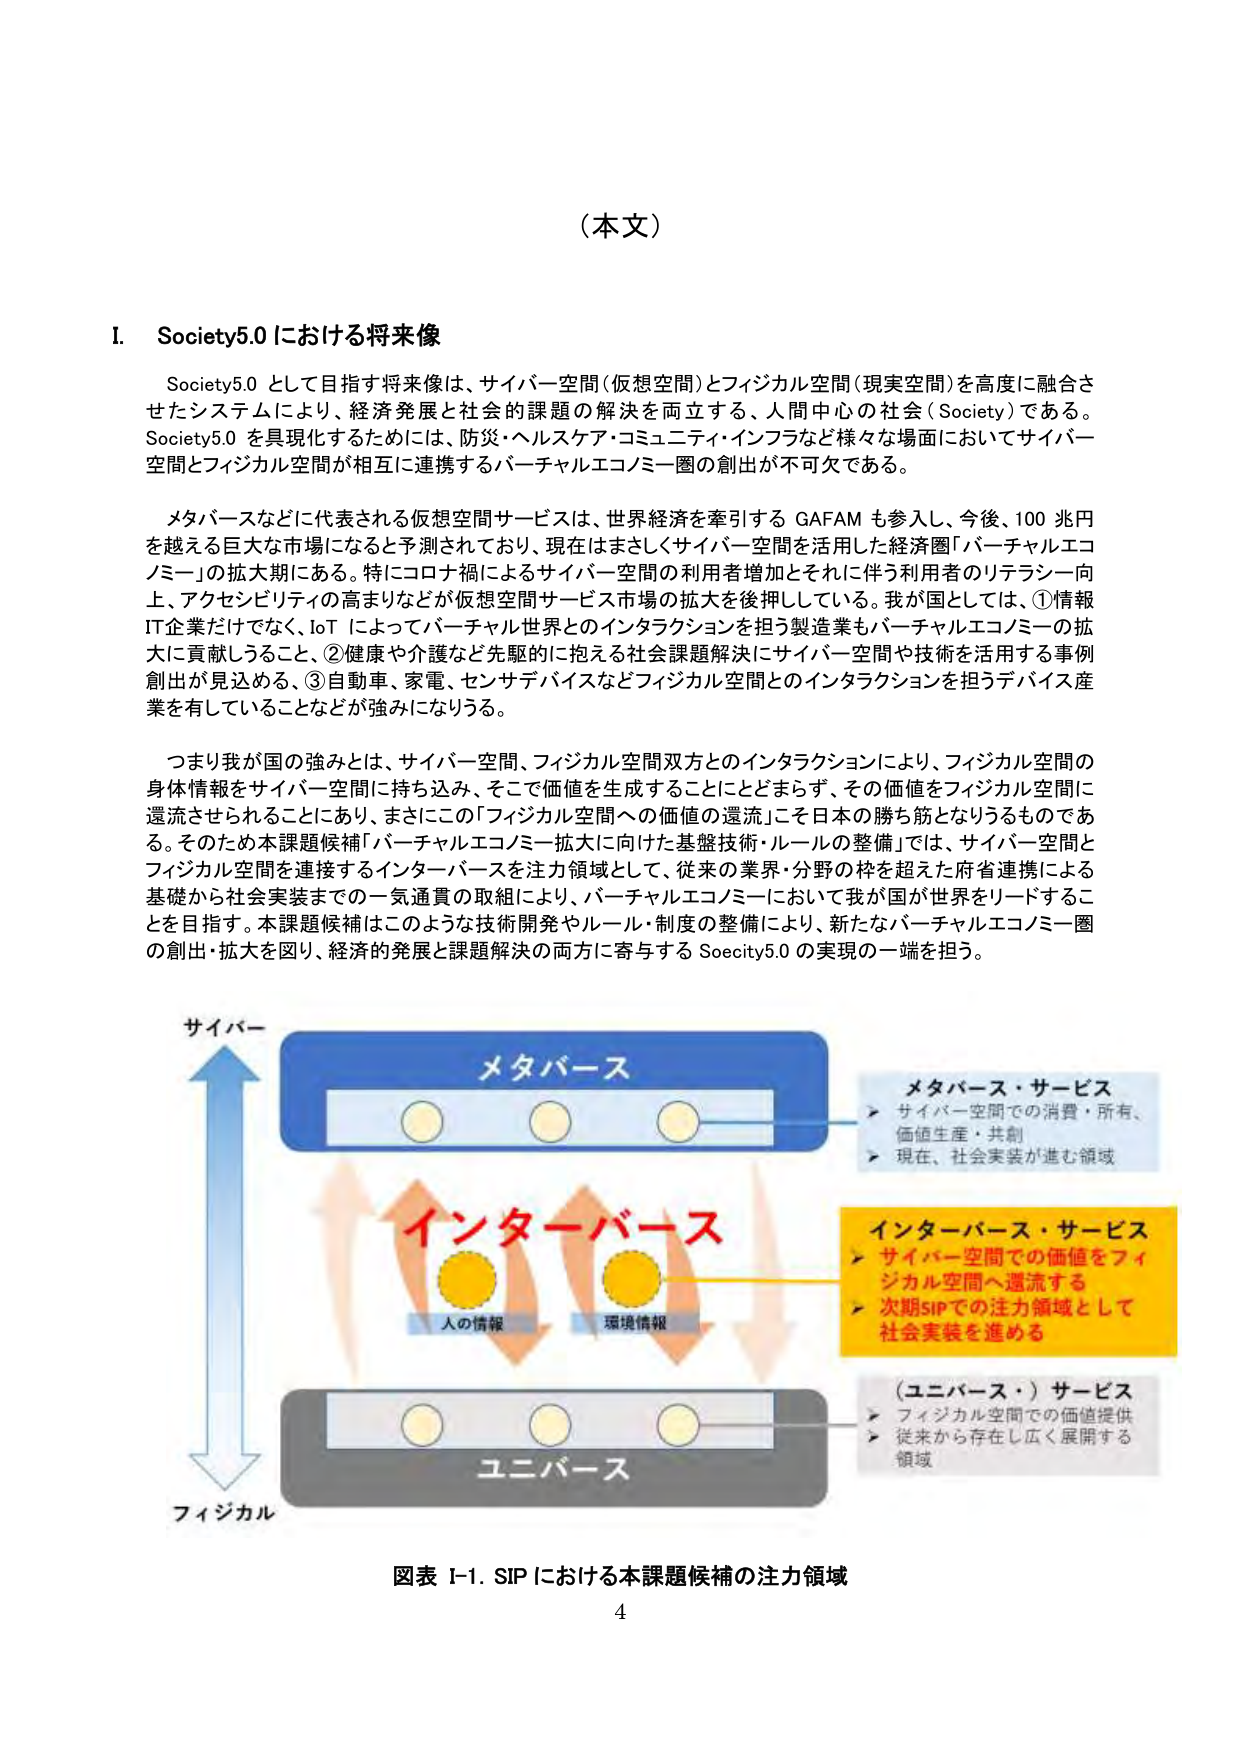
（本文）

I. Society5.0における将来像

Society5.0 として目指す将来像は、サイバー空間（仮想空間）とフィジカル空間（現実空間）を高度に融合させたシステムにより、経済発展と社会的課題の解決を両立する、人間中心の社会（Society）である。Society5.0 を具現化するためには、防災・ヘルスケア・コミュニティ・インフラなど様々な場面においてサイバー空間とフィジカル空間が相互に連携するバーチャルエコノミー圏の創出が不可欠である。

メタバースなどに代表される仮想空間サービスは、世界経済を牽引する GAFAM も参入し、今後、100 兆円を越える巨大な市場になると予測されており、現在はまさしくサイバー空間を活用した経済圏「バーチャルエコノミー」の拡大期にある。特にコロナ禍によるサイバー空間の利用者増加とそれに伴う利用者のリテラシー向上、アクセシビリティの高まりなどが仮想空間サービス市場の拡大を後押ししている。我が国としては、①情報IT企業だけでなく、IoT によってバーチャル世界とのインタラクションを担う製造業もバーチャルエコノミーの拡大に貢献しうること、②健康や介護など先駆的に抱える社会課題解決にサイバー空間や技術を活用する事例創出が見込めること、③自動車、家電、センサデバイスなどフィジカル空間とのインタラクションを担うデバイス産業を有していることなどが強みになりうる。

つまり我が国の強みとは、サイバー空間、フィジカル空間双方とのインタラクションにより、フィジカル空間の身体情報をサイバー空間に持ち込み、そこで価値を生成することにとどまらず、その価値をフィジカル空間に還流させられることにあり、まさにこの「フィジカル空間への価値の還流」こそ日本の勝ち筋となりうるものである。そのため本課題候補「バーチャルエコノミー拡大に向けた基盤技術・ルールの整備」では、サイバー空間とフィジカル空間を接続するインターバースを注力領域として、従来の業界・分野の枠を超えた府省連携による基礎から社会実装までの一気通貫の取組により、バーチャルエコノミーにおいて我が国が世界をリードすることを目指す。本課題候補はこのような技術開発やルール・制度の整備により、新たなバーチャルエコノミー圏の創出・拡大を図り、経済的発展と課題解決の両方に寄与する Society5.0 の実現の一端を担う。

サイバー
メタバース
メタバース・サービス
→ サイバー空間での消費・所有、
価値生産・共創
→ 現在、社会実装が進む領域
インターバース
人の情報
環境情報
インターバース・サービス
→ サイバー空間での価値をフィ
ジカル空間へ還流する
→ 次期SIPでの注力領域として
社会実装を進める
ユニバース
（ユニバース・）サービス
→ フィジカル空間での価値提供
→ 従来から存在し広く展開する
領域
フィジカル

図表 I-1. SIPにおける本課題候補の注力領域
4